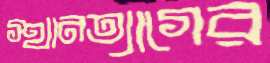
স্থানত্যাগের